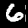
Label: 6